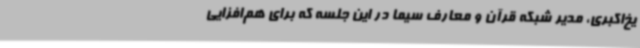
یخ‌اکبری، مدیر شبکه قرآن و معارف سیما در این جلسه که برای هم‌افزایی